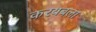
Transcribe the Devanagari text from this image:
करयबला